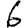
Digit: 6